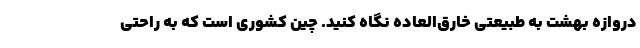
دروازه بهشت به طبیعتی خارق‌العاده نگاه کنید. چین کشوری است که به راحتی